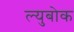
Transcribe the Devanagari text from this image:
ल्युबोक